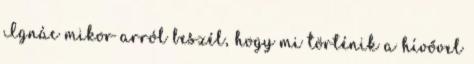
Ignác mikor arról beszél, hogy mi történik a hívővel